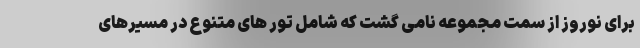
برای نوروز از سمت مجموعه نامی گشت که شامل تور های متنوع در مسیرهای